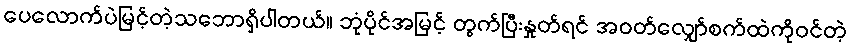
ပေလောက်ပဲမြင့်တဲ့သဘောရှိပါတယ်။ ဘုံပိုင်အမြင့် တွက်ပြီးနှုတ်ရင် အဝတ်လျှော်စက်ထဲကိုဝင်တဲ့